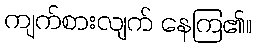
ကျက်စားလျက် နေကြ၏။